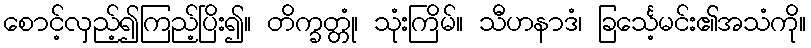
စောင့်လှည့်၍ကြည့်ပြိး၍။ တိက္ခတ္တုံ၊ သုံးကြိမ်။ သီဟနာဒံ၊ ခြင်္သေ့မင်း၏အသံကို။